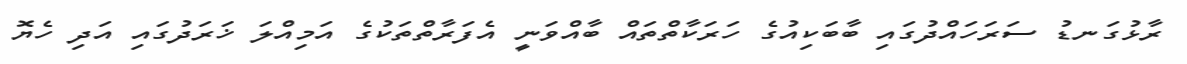
ރާޅުގަނޑު ސަރަހައްދުގައި ބާބަކިއުގެ ހަރަކާތްތައް ބާއްވަނީ އެފަރާތްތަކުގެ އަމިއްލަ ޚަރަދުގައި އަދި ހެޔޮ